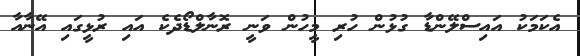
އެކަމަކު އައިސްލޭންޑާ ގުޅުން ހުރި މީހުން ވަނީ ރޮނާލްޑޯދެކެ އައި ރުޅީގައި އޭނާއާ